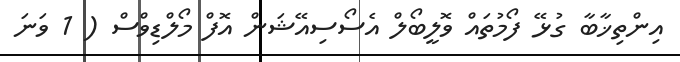
އިންތިޚާބާ ގުޅޭ ފޯމުތައް ވޮލީބޯލް އެސޯސިއޭޝަން އޮފް މޯލްޑިވްސް ( 1 ވަނަ